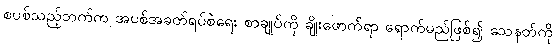
စပစ်သည့်ဘက်က အပစ်အခတ်ရပ်စဲရေး စာချုပ်ကို ချိုးဖောက်ရာ ရောက်မည်ဖြစ်၍ သေနတ်ကို